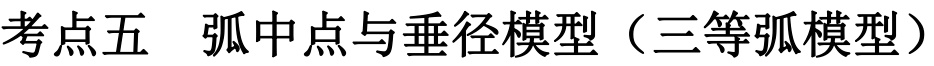
考点五  弧中点与垂径模型（三等弧模型）